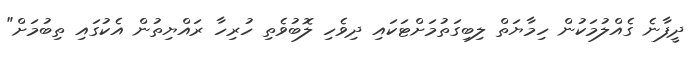
ދީފާނެ ގެއްލުމަކުން ހިމާޔަތް ލިބިގަތުމަށްޓަކައި ދިވެހި ލޮބުވެތި ހުރިހާ ރައްޔިތުން އެކުގައި ތިބުމަށް"